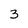
Character: 3